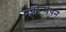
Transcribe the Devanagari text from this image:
नवोन्मेषने